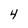
Character: 4